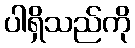
ပါရှိသည်ကို